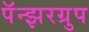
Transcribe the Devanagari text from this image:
पॅन्झरग्रुप